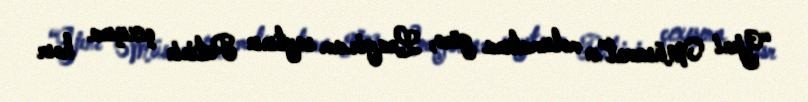
“Yeni Müsavat”ın məlumatına görə, Lragir.am saytının Putinin çıxışına həsr